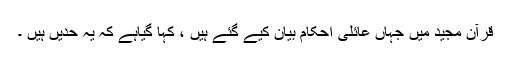
قرآن مجید میں جہاں عائلی احکام بیان کیے گئے ہیں ، کہا گیاہے کہ یہ حدیں ہیں ۔